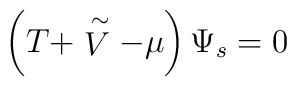
\left( T + \stackrel{\sim}{V} - \mu \right) \Psi_s = 0